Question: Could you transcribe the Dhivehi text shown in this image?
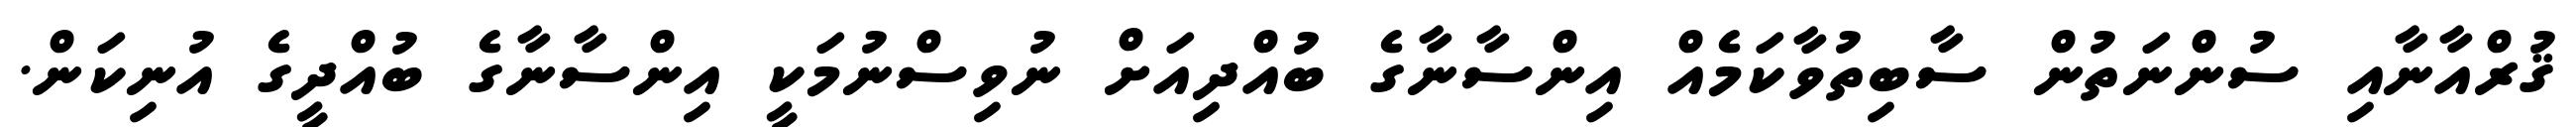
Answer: ޤުރްއާނާއި ސުންނަތުން ސާބިތުވާކަމެއް އިންސާނާގެ ބުއްދިއަށް ނުވިސްނުމަކީ އިންސާނާގެ ބުއްދީގެ އުނިކަން.